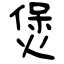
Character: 煲